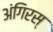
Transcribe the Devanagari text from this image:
अंगिरस्‌